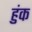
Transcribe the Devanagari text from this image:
हुंक